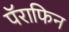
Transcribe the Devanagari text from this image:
पॅराफिन